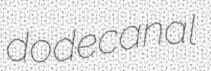
dodecanal